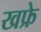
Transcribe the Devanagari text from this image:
खफ्रे